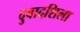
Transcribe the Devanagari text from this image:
दुवादशिला